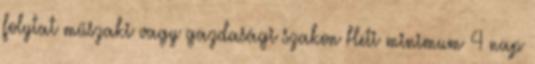
folytat műszaki vagy gazdasági szakon Heti minimum 4 nap